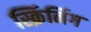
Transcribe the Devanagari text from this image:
स्क्रिंनिंग